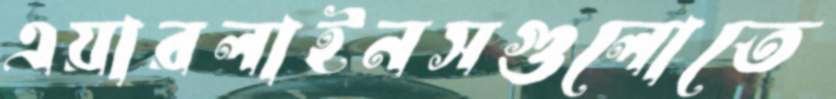
এয়ারলাইনসগুলোতে